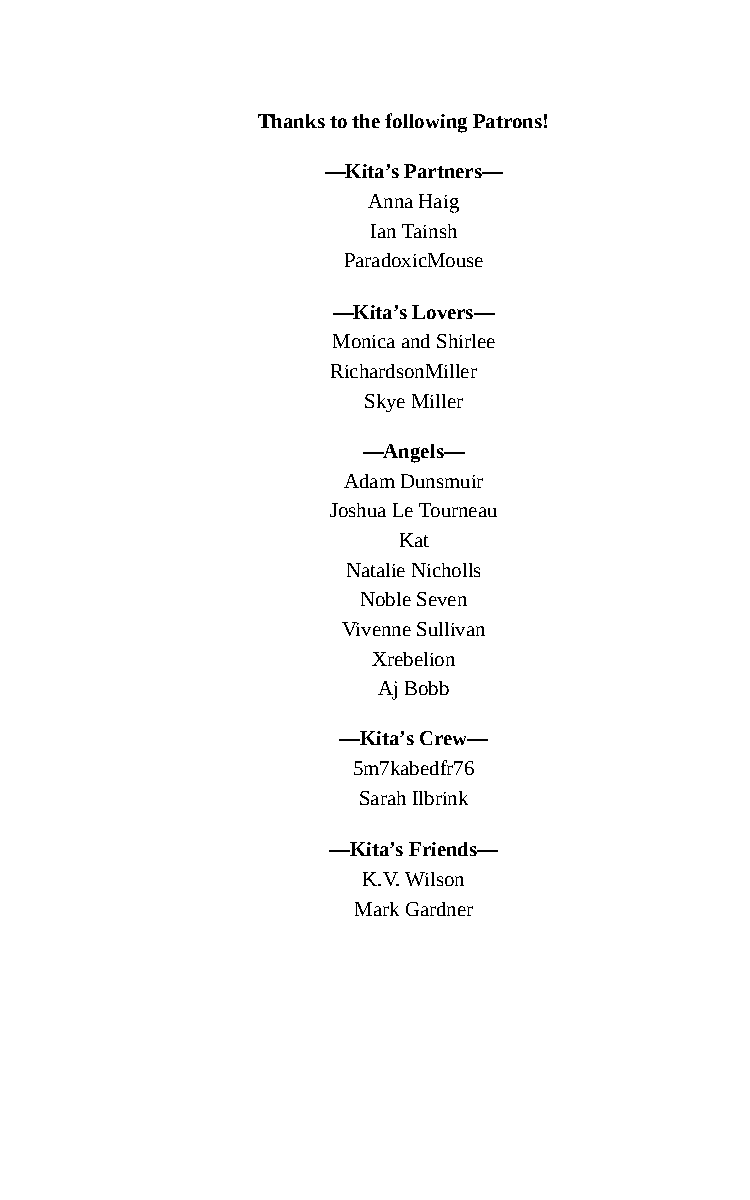
Thanks to the following Patrons!
 —Kita’s Partners—
 Anna Haig
 Ian Tainsh
 ParadoxicMouse
 —Kita’s Lovers—
 Monica and Shirlee
 RichardsonMiller
 Skye Miller
 —Angels—
 Adam Dunsmuir
 Joshua Le Tourneau
 Kat
 Natalie Nicholls
 Noble Seven
 Vivenne Sullivan
 Xrebelion
 Aj Bobb
 —Kita’s Crew—
 5m7kabedfr76
 Sarah Ilbrink
 —Kita’s Friends—
 K.V. Wilson
 Mark Gardner